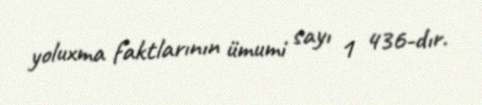
yoluxma faktlarının ümumi sayı 1 436-dır.